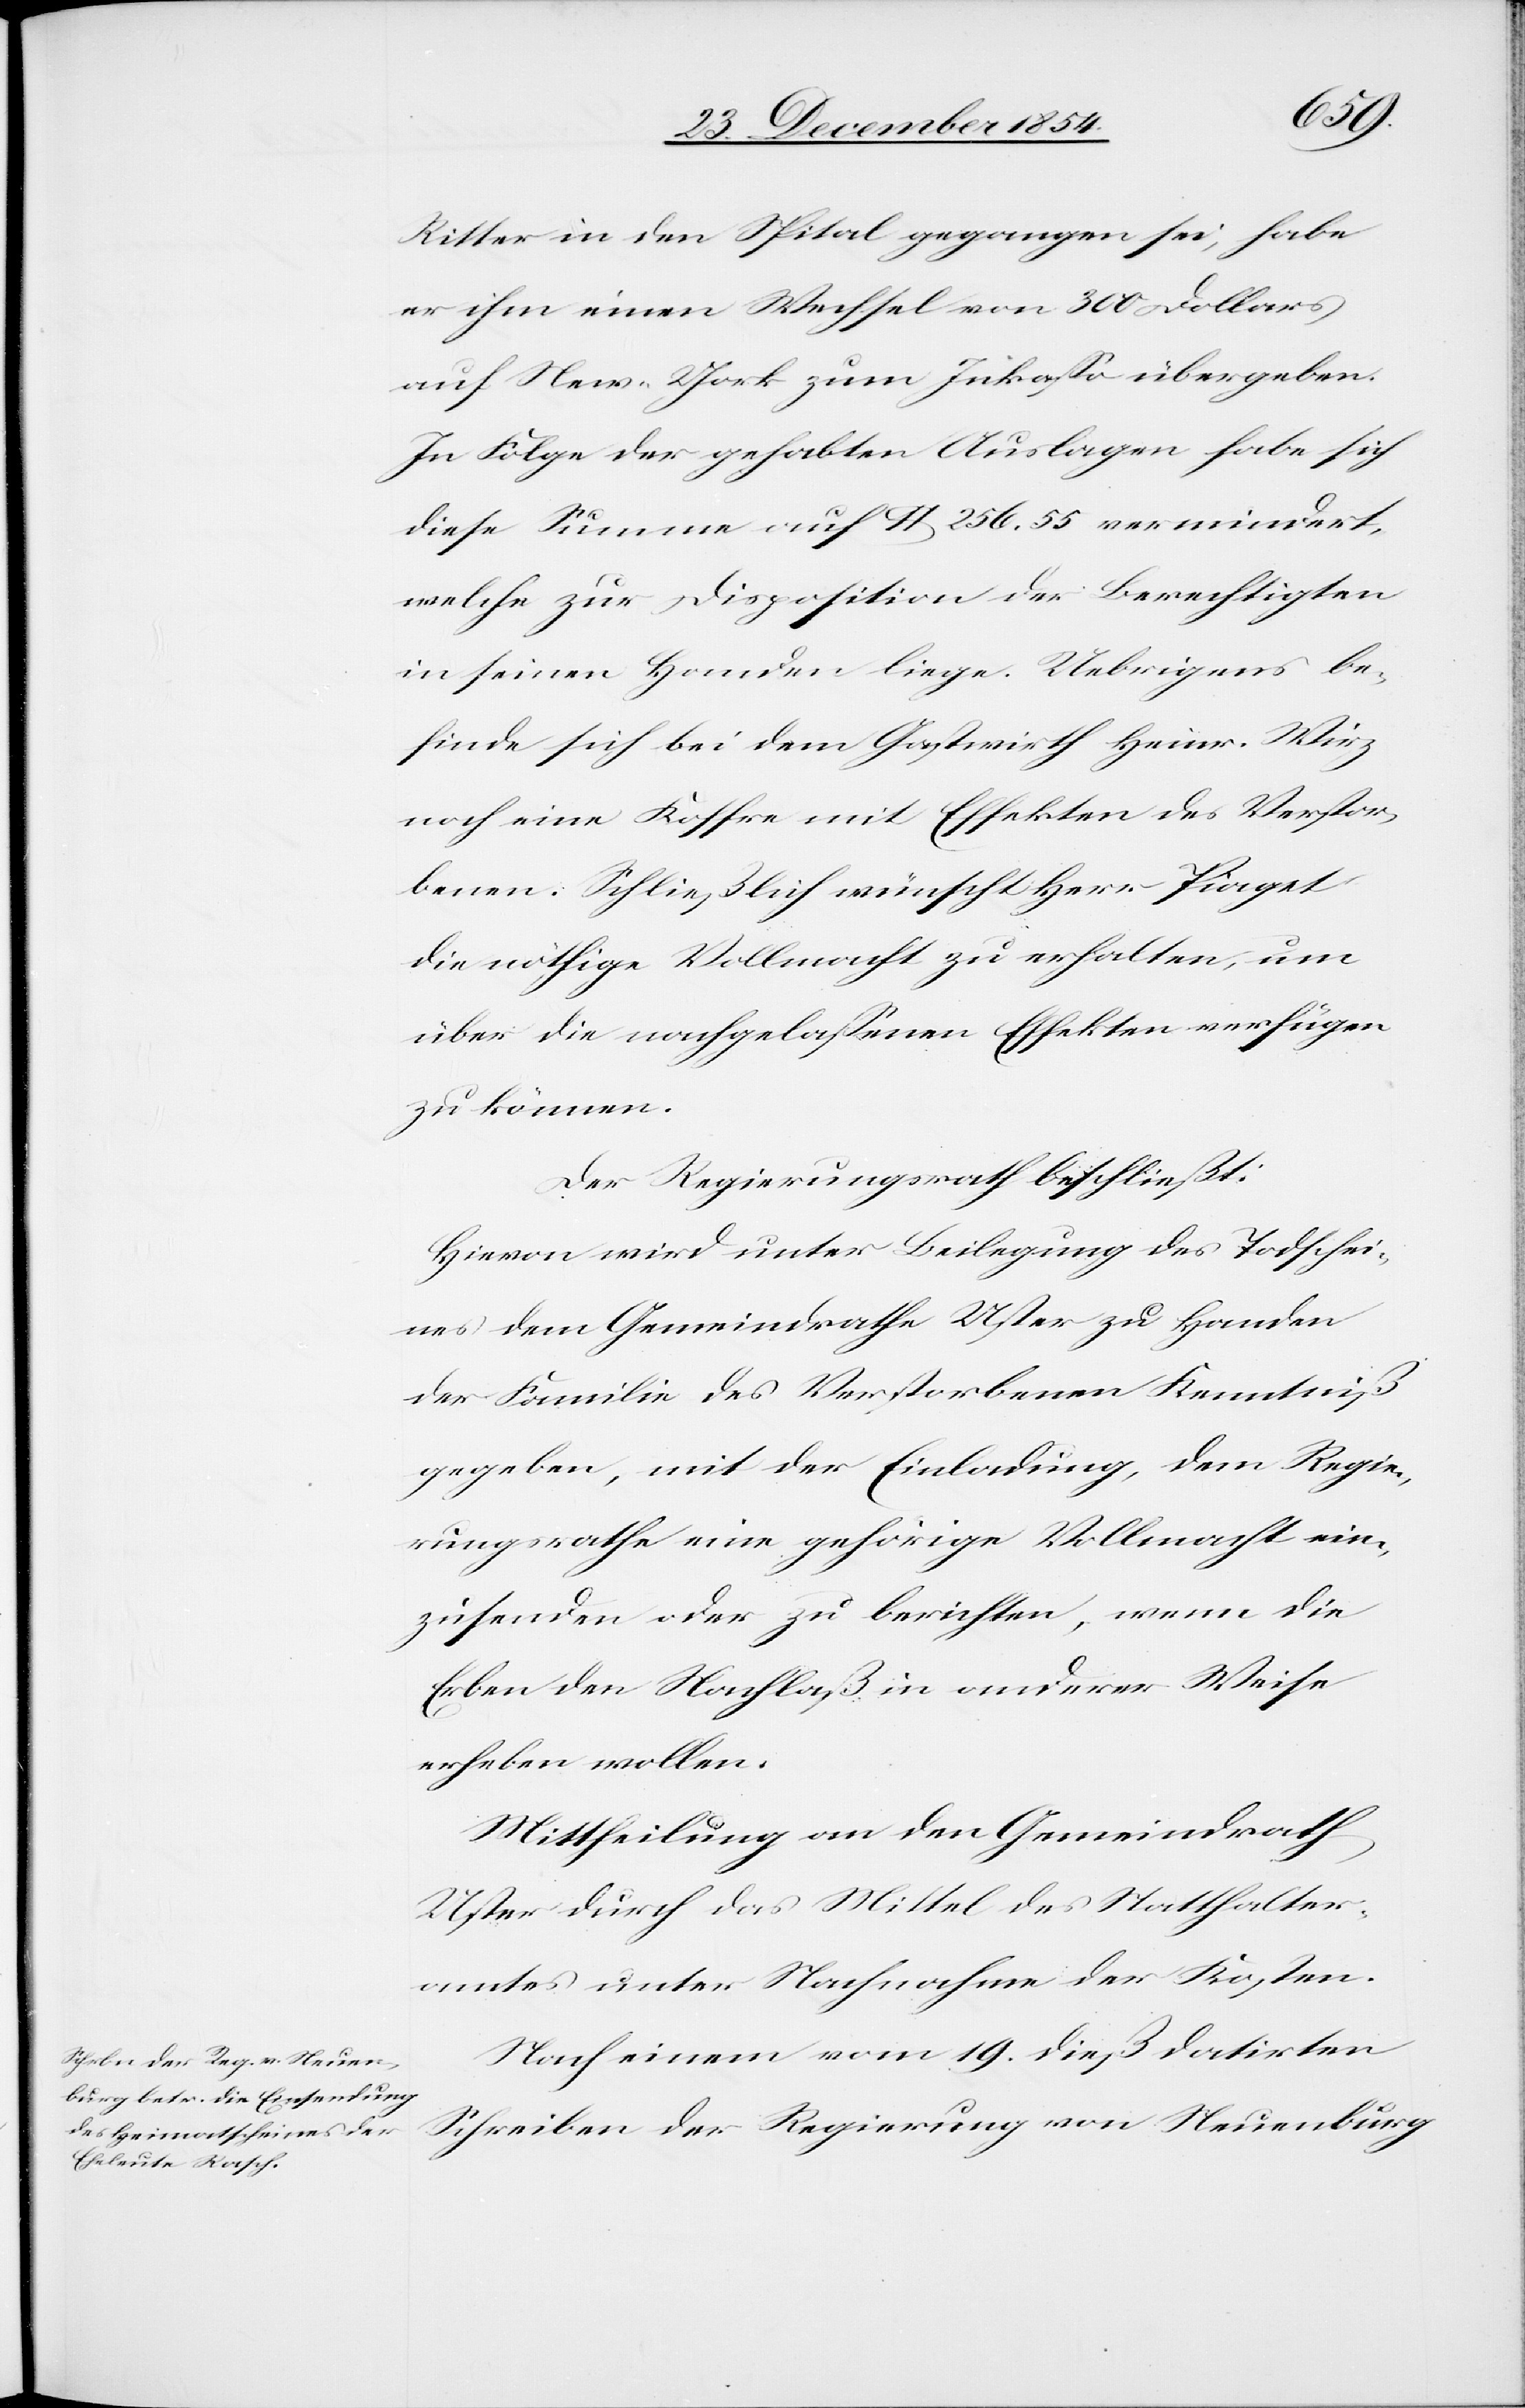
Ritter in den Spital gegangen sei, habe
er ihm einen Wechsel von 300 Dollars
auf New-York zum Inkaßo übergeben.
In Folge der gehabten Auslagen habe sich
diese Summe auf $ 256. 55 vermindert,
welche zur Disposition der Berechtigten
in seinen Handen liege. Uebrigens be¬
finde sich bei dem Gastwirth Heinr. Wirz
noch eine Koffre mit Effekten des Verstor¬
benen. Schließlich wünscht Herr Piaget
die nöthige Vollmacht zu erhalten, um
über die nachgelaßenen Effekte verfügen
zu können.
Der Regierungsrath beschließt:
Hievon wird unter Beilegung des Todschei¬
nes dem Gemeindrathe Uster zu Handen
der Familie des Verstorbenen Kenntniß
gegeben, mit der Einladung, dem Regie¬
rungsrathe eine gehörige Vollmacht ein¬
zusenden oder zu berichten, wenn die
Erben den Nachlaß in anderer Weise
erheben wollen.
Mittheilung an den Gemeindrath
Uster durch das Mittel des Statthalter¬
amtes unter Nachnahme der Kosten.
Nach einem vom 19. dieß datirten
Schreiben der Regierung von Neuenburg